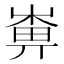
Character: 𡻼